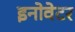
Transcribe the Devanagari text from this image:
इनोवेटर